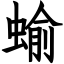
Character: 蝓